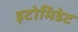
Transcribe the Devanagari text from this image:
इटोमिडेट